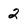
Character: 2